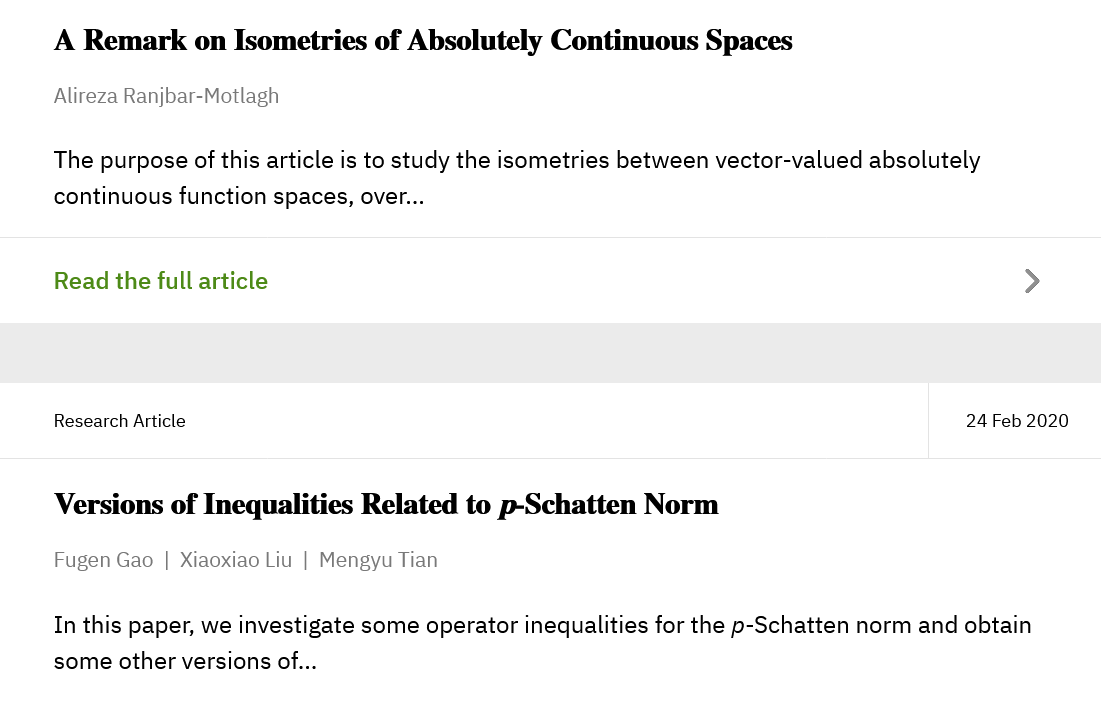
A Remark   on Isometries of Absolutely  Continuous  Spaces
     Alireza Ranjbar-Motlagh
     The purpose of this article is to study the isometries between vector-valued absolutely
     continuous function spaces, over...
     Read the full article
     Research Article    24 Feb 2020
     Versions of Inequalities Related to p-Schatten Norm
     Fugen Gao | Xiaoxiao Liu | Mengyu Tian
     In this paper, we investigate some operator inequalities for the p-Schatten norm and obtain
     some other versions of...